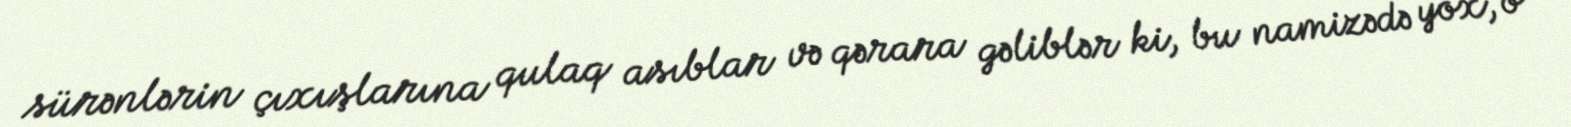
sürənlərin çıxışlarına qulaq asıblar və qərara gəliblər ki, bu namizədə yox, o